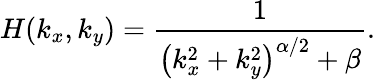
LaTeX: H(k_{x},k_{y})=\frac{1}{\left(k_{x}^{2}+k_{y}^{2}\right)^{\alpha/2}+\beta}.